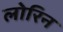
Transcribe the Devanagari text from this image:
लोरिन